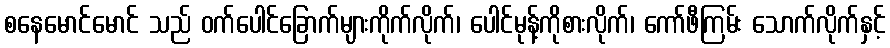
စနေမောင်မောင် သည် ဝက်ပေါင်ခြောက်များကိုက်လိုက်၊ ပေါင်မုန့်ကိုစားလိုက်၊ ကော်ဖီကြမ်း သောက်လိုက်နှင့်